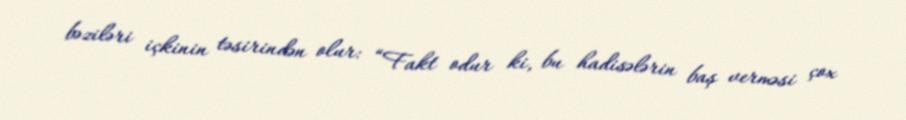
bəziləri içkinin təsirindən olur: “Fakt odur ki, bu hadisələrin baş verməsi çox